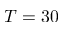
T = 3 0